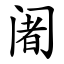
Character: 阇